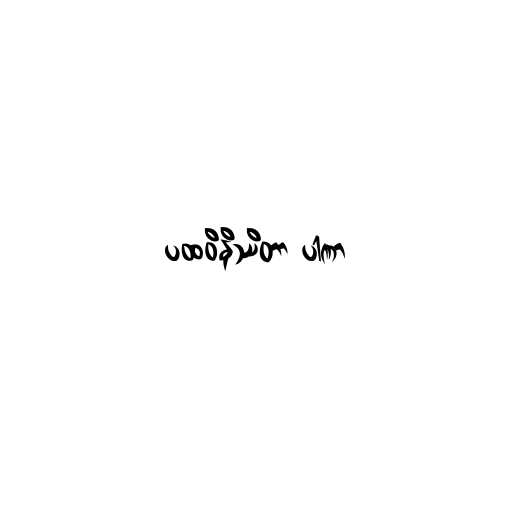
ပထဝိနိဿိတာ ပါဏာ